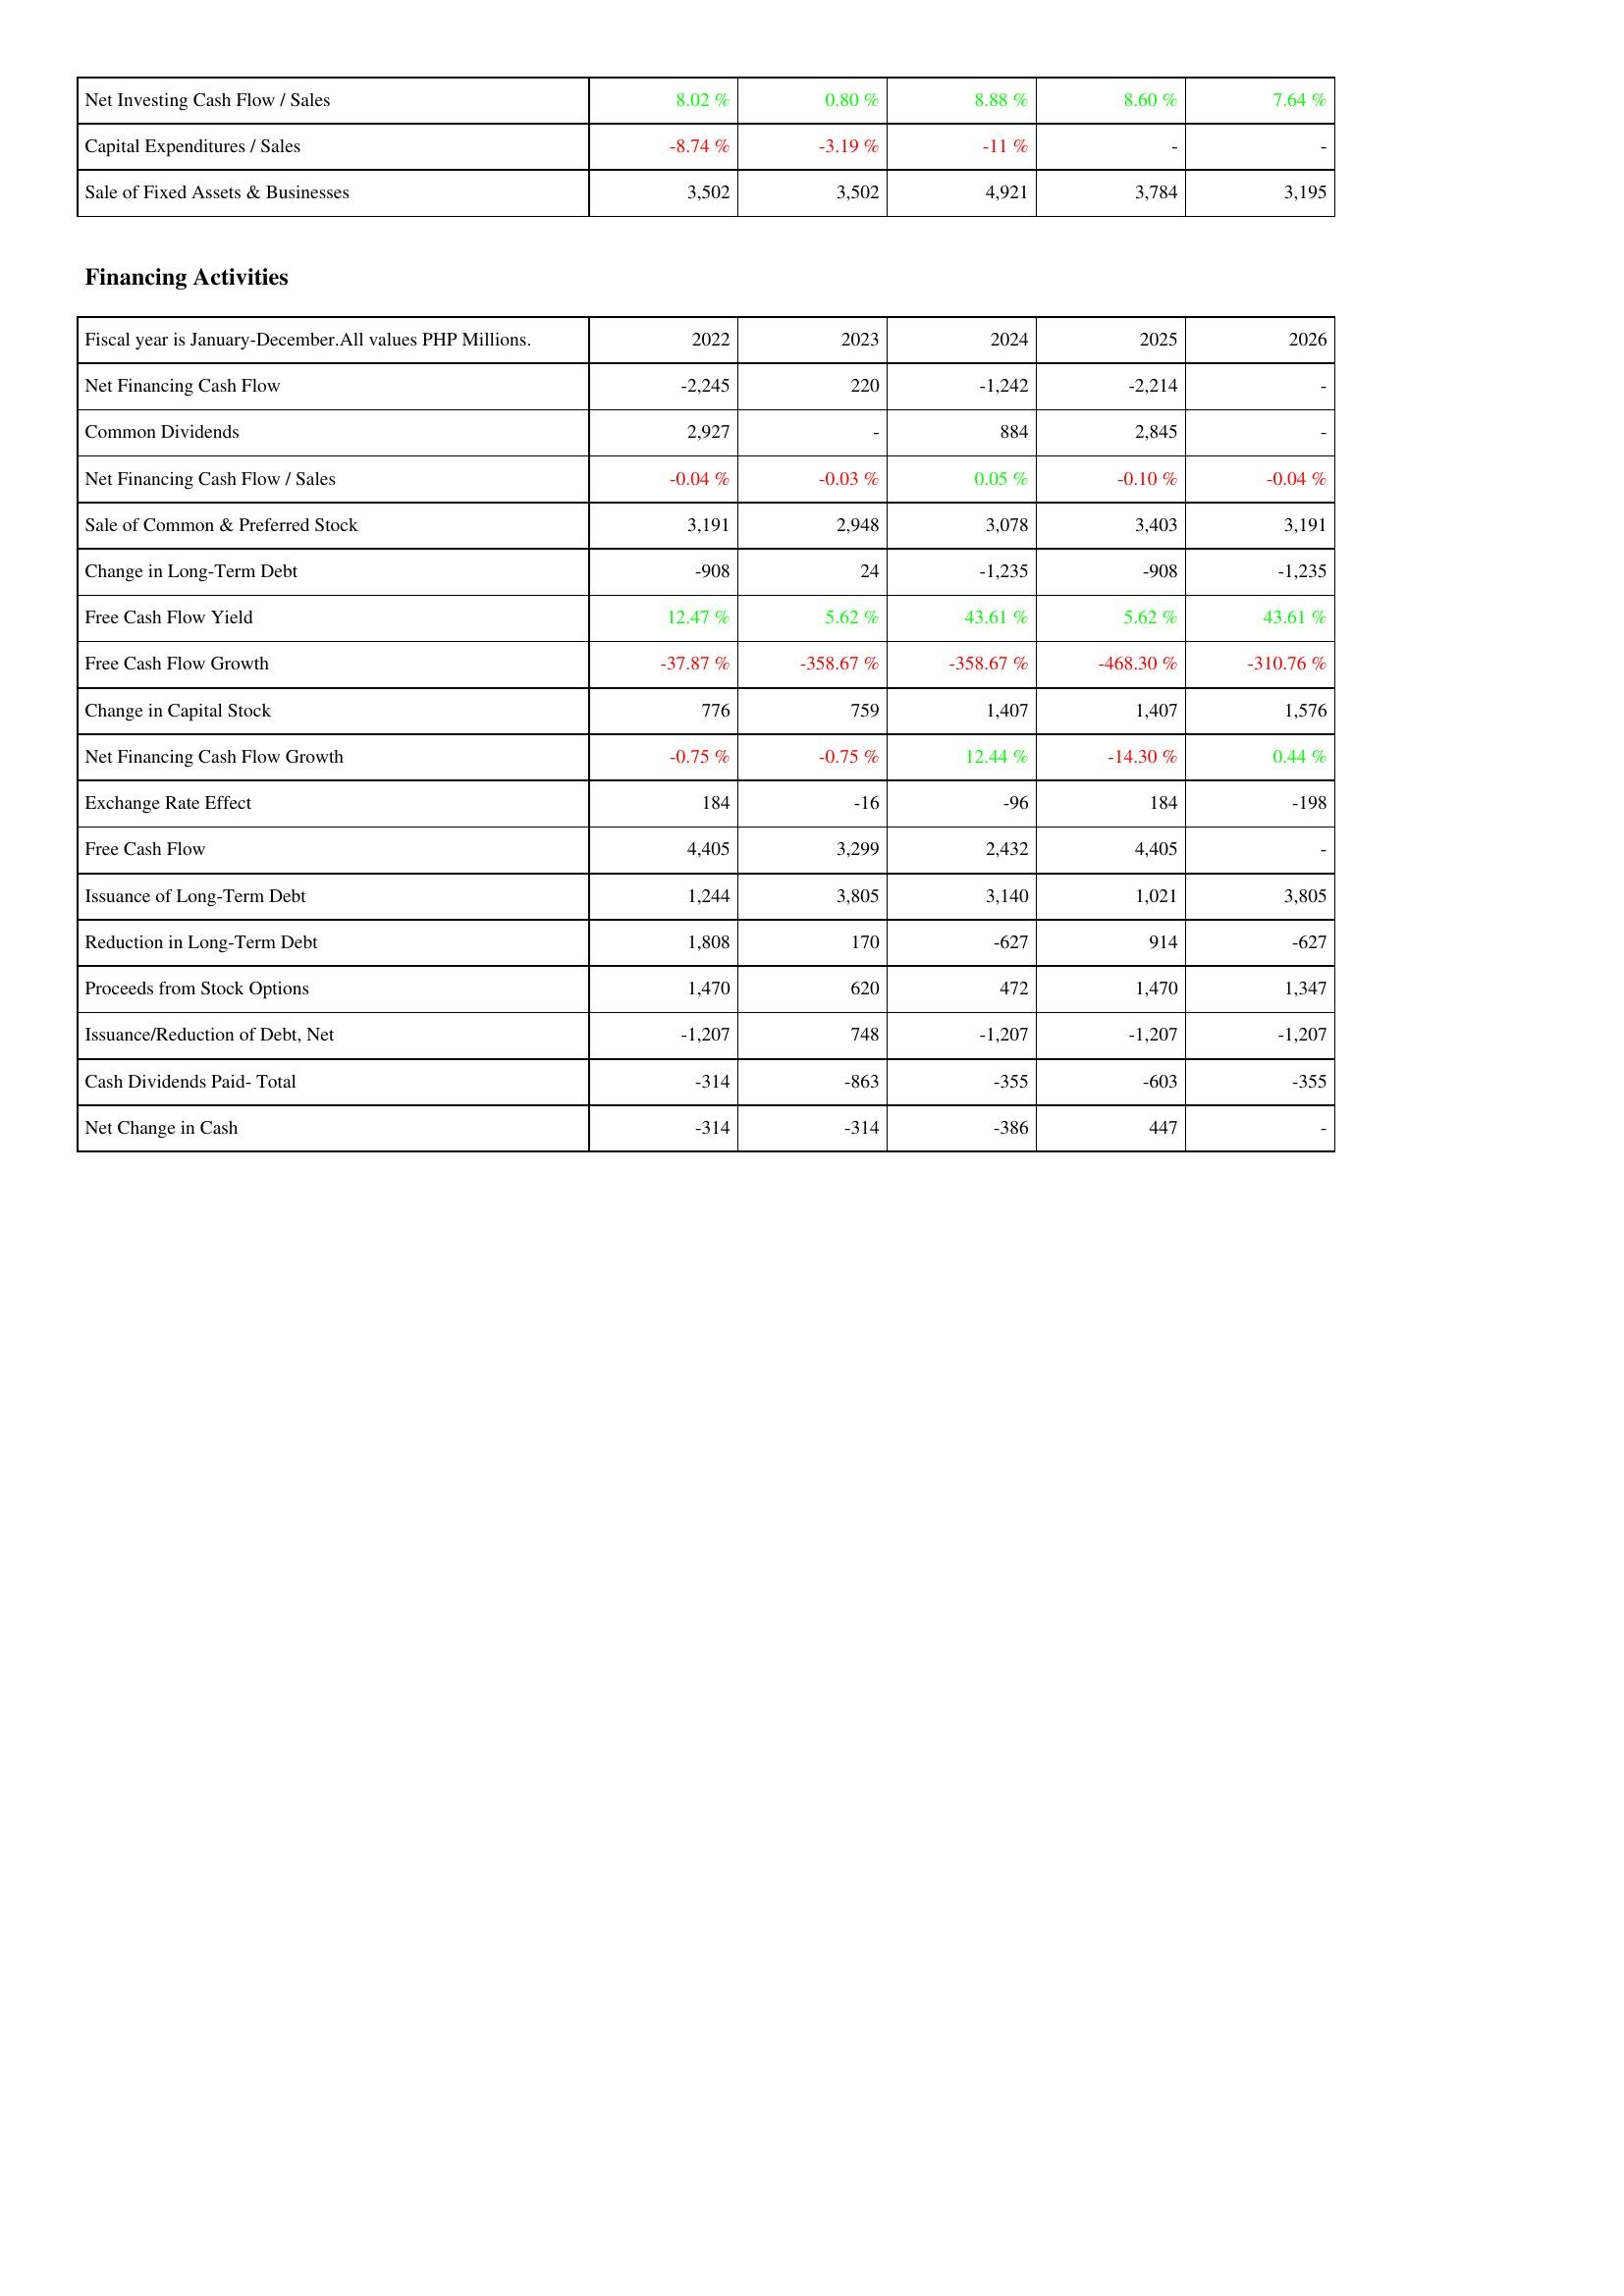
2022: Investing Activities: Net Investing Cash Flow / Sales: 8.02 %
Capital Expenditures / Sales: -8.74 %
Sale of Fixed Assets & Businesses: 3,502
Financing Activities: Net Financing Cash Flow: -2,245
Common Dividends: 2,927
Net Financing Cash Flow / Sales: -0.04 %
Sale of Common & Preferred Stock: 3,191
Change in Long-Term Debt: -908
Free Cash Flow Yield: 12.47 %
Free Cash Flow Growth: -37.87 %
Change in Capital Stock: 776
Net Financing Cash Flow Growth: -0.75 %
Exchange Rate Effect: 184
Free Cash Flow: 4,405
Issuance of Long-Term Debt: 1,244
Reduction in Long-Term Debt: 1,808
Proceeds from Stock Options: 1,470
Issuance/Reduction of Debt, Net: -1,207
Cash Dividends Paid- Total: -314
Net Change in Cash: -314
2023: Investing Activities: Net Investing Cash Flow / Sales: 0.80 %
Capital Expenditures / Sales: -3.19 %
Sale of Fixed Assets & Businesses: 3,502
Financing Activities: Net Financing Cash Flow: 220
Common Dividends: -
Net Financing Cash Flow / Sales: -0.03 %
Sale of Common & Preferred Stock: 2,948
Change in Long-Term Debt: 24
Free Cash Flow Yield: 5.62 %
Free Cash Flow Growth: -358.67 %
Change in Capital Stock: 759
Net Financing Cash Flow Growth: -0.75 %
Exchange Rate Effect: -16
Free Cash Flow: 3,299
Issuance of Long-Term Debt: 3,805
Reduction in Long-Term Debt: 170
Proceeds from Stock Options: 620
Issuance/Reduction of Debt, Net: 748
Cash Dividends Paid- Total: -863
Net Change in Cash: -314
2024: Investing Activities: Net Investing Cash Flow / Sales: 8.88 %
Capital Expenditures / Sales: -11 %
Sale of Fixed Assets & Businesses: 4,921
Financing Activities: Net Financing Cash Flow: -1,242
Common Dividends: 884
Net Financing Cash Flow / Sales: 0.05 %
Sale of Common & Preferred Stock: 3,078
Change in Long-Term Debt: -1,235
Free Cash Flow Yield: 43.61 %
Free Cash Flow Growth: -358.67 %
Change in Capital Stock: 1,407
Net Financing Cash Flow Growth: 12.44 %
Exchange Rate Effect: -96
Free Cash Flow: 2,432
Issuance of Long-Term Debt: 3,140
Reduction in Long-Term Debt: -627
Proceeds from Stock Options: 472
Issuance/Reduction of Debt, Net: -1,207
Cash Dividends Paid- Total: -355
Net Change in Cash: -386
2025: Investing Activities: Net Investing Cash Flow / Sales: 8.60 %
Capital Expenditures / Sales: -
Sale of Fixed Assets & Businesses: 3,784
Financing Activities: Net Financing Cash Flow: -2,214
Common Dividends: 2,845
Net Financing Cash Flow / Sales: -0.10 %
Sale of Common & Preferred Stock: 3,403
Change in Long-Term Debt: -908
Free Cash Flow Yield: 5.62 %
Free Cash Flow Growth: -468.30 %
Change in Capital Stock: 1,407
Net Financing Cash Flow Growth: -14.30 %
Exchange Rate Effect: 184
Free Cash Flow: 4,405
Issuance of Long-Term Debt: 1,021
Reduction in Long-Term Debt: 914
Proceeds from Stock Options: 1,470
Issuance/Reduction of Debt, Net: -1,207
Cash Dividends Paid- Total: -603
Net Change in Cash: 447
2026: Investing Activities: Net Investing Cash Flow / Sales: 7.64 %
Capital Expenditures / Sales: -
Sale of Fixed Assets & Businesses: 3,195
Financing Activities: Net Financing Cash Flow: -
Common Dividends: -
Net Financing Cash Flow / Sales: -0.04 %
Sale of Common & Preferred Stock: 3,191
Change in Long-Term Debt: -1,235
Free Cash Flow Yield: 43.61 %
Free Cash Flow Growth: -310.76 %
Change in Capital Stock: 1,576
Net Financing Cash Flow Growth: 0.44 %
Exchange Rate Effect: -198
Free Cash Flow: -
Issuance of Long-Term Debt: 3,805
Reduction in Long-Term Debt: -627
Proceeds from Stock Options: 1,347
Issuance/Reduction of Debt, Net: -1,207
Cash Dividends Paid- Total: -355
Net Change in Cash: -